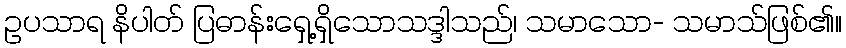
ဥပသာရ နိပါတ် ပြဓာန်းရှေ့ရှိသောသဒ္ဒါသည်၊ သမာသော- သမာသ်ဖြစ်၏။